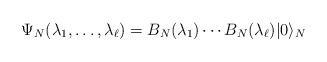
LaTeX: \begin{align*}\Psi_N(\lambda_1,\ldots,\lambda_\ell)=B_N(\lambda_1)\cdots B_N(\lambda_\ell)|0\rangle_N\end{align*}